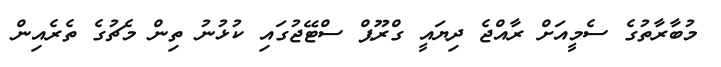
މުބާރާތުގެ ސެމީއަށް ރާއްޖެ ދިޔައީ ގްރޫޕް ސްޓޭޖުގައި ކުޅުނު ތިން މެޗުގެ ތެރެއިން